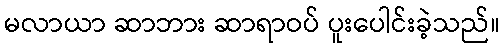
မလာယာ ဆာဘား ဆာရာဝပ် ပူးပေါင်းခဲ့သည်။